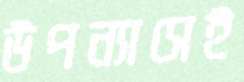
উপন্যাসেই